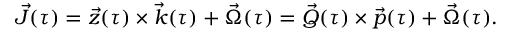
\vec { J } ( \tau ) = \vec { z } ( \tau ) \times \vec { k } ( \tau ) + \vec { \Omega } ( \tau ) = \vec { Q } ( \tau ) \times \vec { p } ( \tau ) + \vec { \Omega } ( \tau ) .